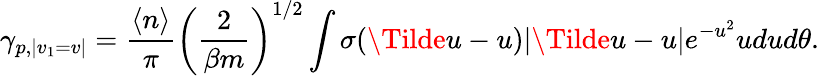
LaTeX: \gamma_{p,|v_{1}=v|}=\frac{\langle n\rangle}{\pi}\left(\frac{2}{\beta m}\right)^{1/2}\int\sigma(\Tilde{u}-u)|\Tilde{u}-u|e^{-u^{2}}udud\theta.